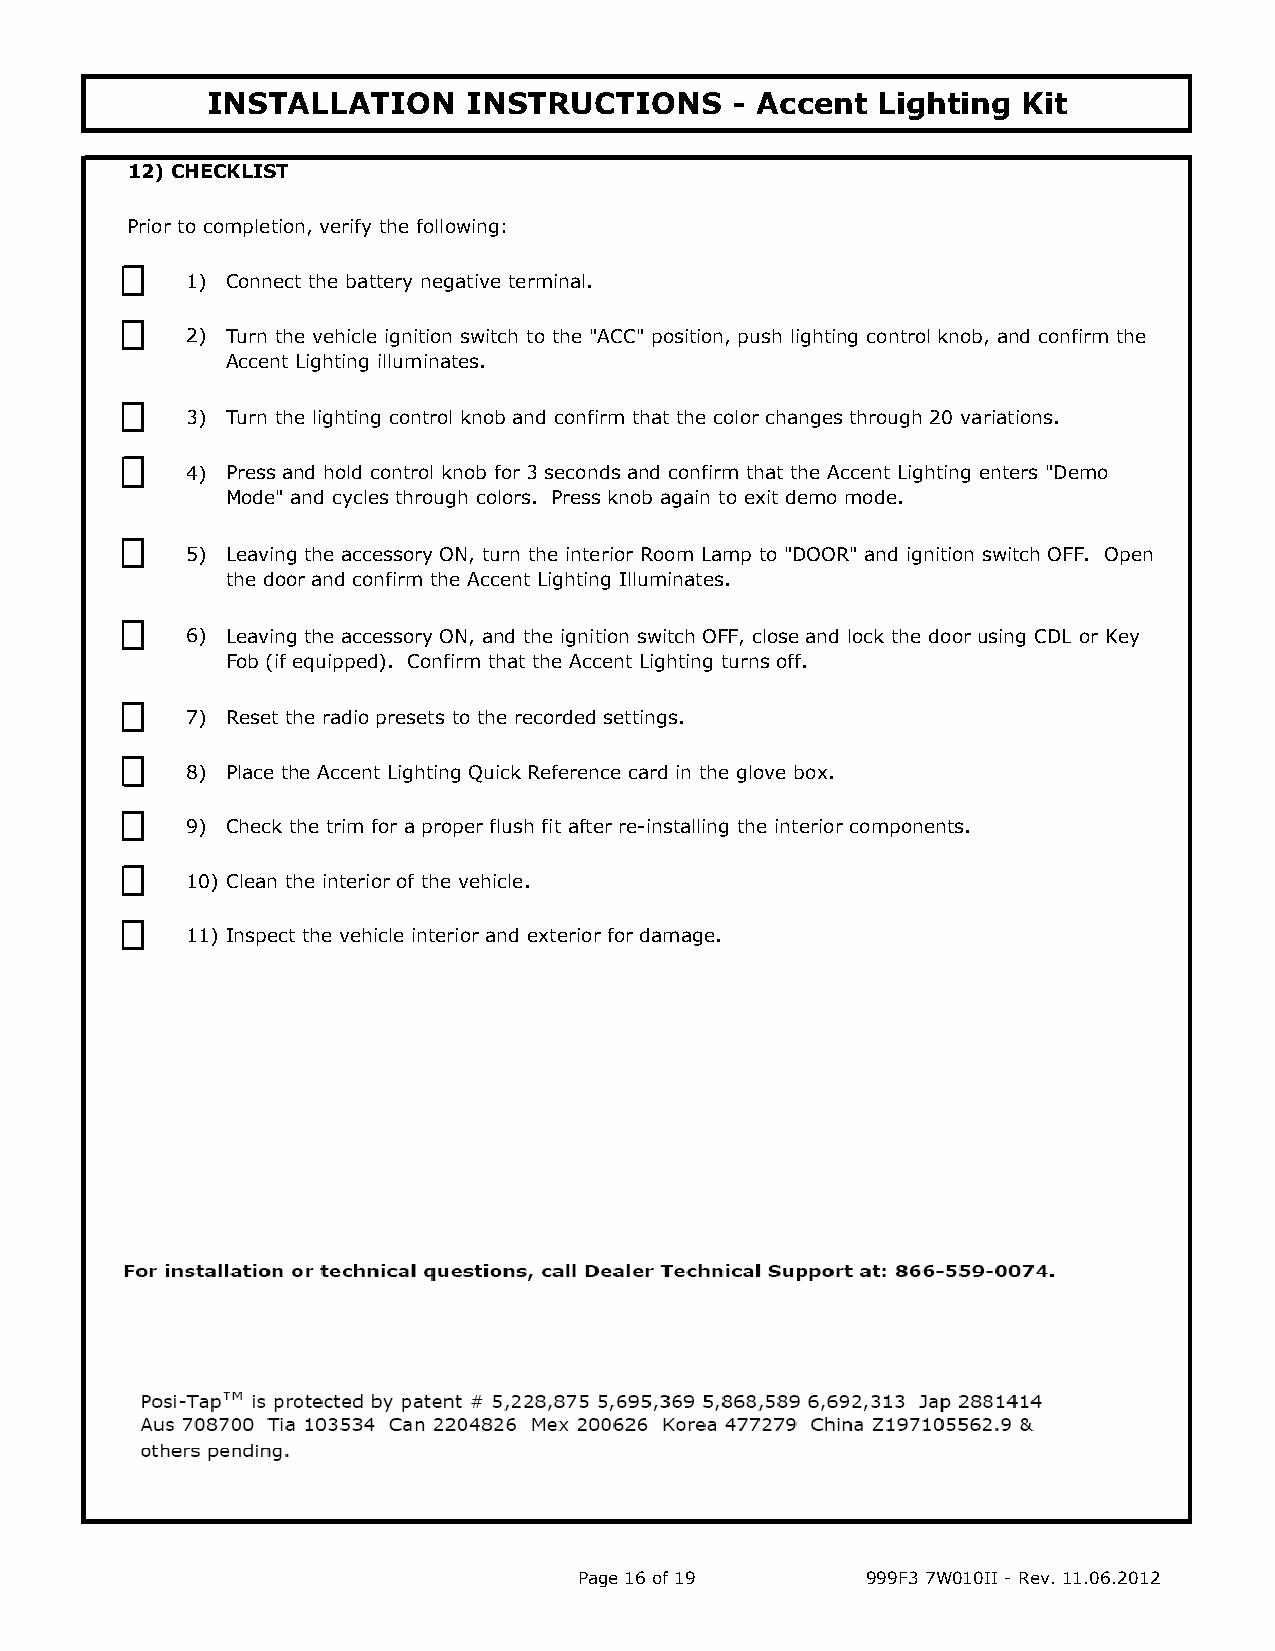
INSTALLATION     INSTRUCTIONS      - Accent Lighting  Kit
 12) CHECKLIST
 Prior to completion, verify the following:
 1) Connect the battery negative terminal.
 2) Turn the vehicle ignition switch to the "ACC" position, push lighting control knob, and confirm the
 Accent Lighting illuminates.
 3) Turn the lighting control knob and confirm that the color changes through 20 variations.
 4) Press and hold control knob for 3 seconds and confirm that the Accent Lighting enters "Demo
 Mode" and cycles through colors. Press knob again to exit demo mode.
 5) Leaving the accessory ON, turn the interior Room Lamp to "DOOR" and ignition switch OFF. Open
 the door and confirm the Accent Lighting Illuminates.
 6) Leaving the accessory ON, and the ignition switch OFF, close and lock the door using CDL or Key
 Fob (if equipped). Confirm that the Accent Lighting turns off.
 7) Reset the radio presets to the recorded settings.
 8) Place the Accent Lighting Quick Reference card in the glove box.
 9) Check the trim for a proper flush fit after re-installing the interior components.
 10) Clean the interior of the vehicle.
 11) Inspect the vehicle interior and exterior for damage.
 Page 16 of 19      999F3 7W010II - Rev. 11.06.2012